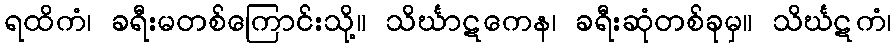
ရထိကံ၊ ခရီးမတစ်ကြောင်းသို့။ သိင်္ဃာဋကေန၊ ခရီးဆုံတစ်ခုမှ။ သိင်္ဃဋကံ၊